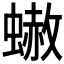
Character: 𧐭